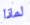
لماذا